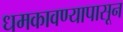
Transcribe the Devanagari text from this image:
धमकावण्यापासून